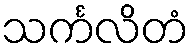
သင်္ကလိတံ